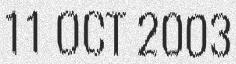
11 OCT 2003